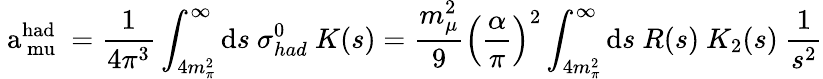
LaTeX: \mathrm{~a_{\ mu}^{had}~}={\frac{1}{4\pi^{3}}}\int_{4m_{\pi}^{2}}^{\infty}\mathrm{d}s\ \sigma_{had}^{0}\ K(s)={\frac{m_{\mu}^{2}}{9}}\left(\frac{\alpha}{\pi}\right)^{2}\int_{4m_{\pi}^{2}}^{\infty}\mathrm{d}s\ R(s)\ K_{2}(s)\ {\frac{1}{s^{2}}}